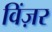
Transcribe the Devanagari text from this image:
विंज़र